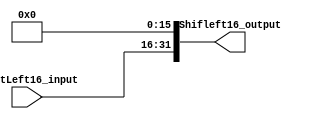
module shift_left_16(
    input wire [15:0] ShiftLeft16_input,
    output wire [31:0] Shifleft16_output
);
    wire [31:0] help;

    assign help = {{16{1'b0}}, ShiftLeft16_input};
    assign Shifleft16_output = help << 16; 

endmodule